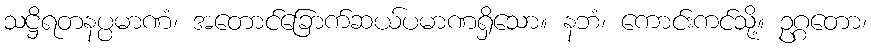
သဋ္ဌိရတနပ္ပမာဏံ၊ အတောင်ခြောက်ဆယ်ပမာဏရှိသော။ နဘံ၊ ကောင်းကင်သို့။ ဥဂ္ဂတော၊